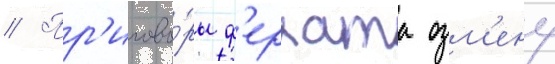
// Пр'игово́ры ф'ерхата озм'ену